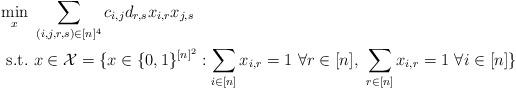
LaTeX: \begin{align*}\min_{x} & \ \sum_{(i,j,r,s) \in [n]^4} c_{i,j}d_{r,s}x_{i,r}x_{j,s} \\\mathrm{s.t.} & \ x \in \mathcal{X} = \{x \in \{0,1\}^{[n]^2}: \sum_{i \in [n]} x_{i,r} = 1 \ \forall r \in [n], \ \sum_{r \in [n]} x_{i,r} = 1 \ \forall i \in [n]\}\end{align*}